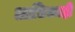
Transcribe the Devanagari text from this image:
आधिक्यही